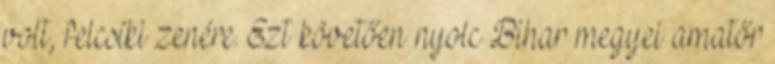
volt, felcsíki zenére. Ezt követően nyolc Bihar megyei amatőr